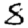
Digit: 8